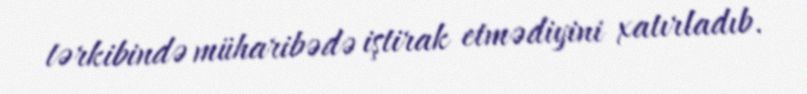
tərkibində müharibədə iştirak etmədiyini xatırladıb.